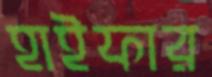
হাইফার